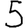
Digit: 5